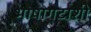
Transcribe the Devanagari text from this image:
भाषागटाशी